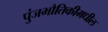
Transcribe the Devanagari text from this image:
पुंजभौतिकीमधील